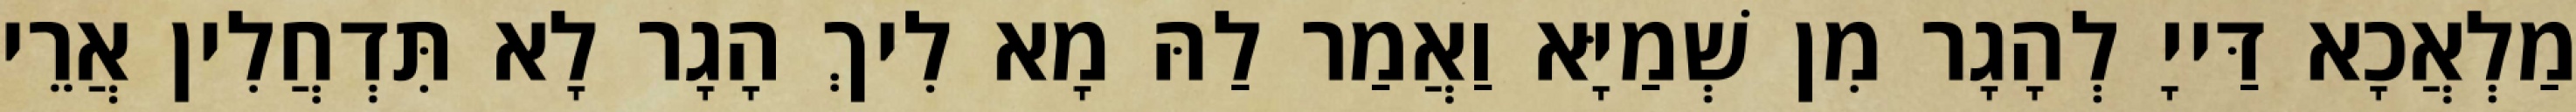
מַלְאֲכָא דַּייָ לְהָגָר מִן שְׁמַיָּא וַאֲמַר לַהּ מָא לִיךְ הָגָר לָא תִּדְחֲלִין אֲרֵי